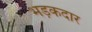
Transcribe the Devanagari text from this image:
भड़कदार